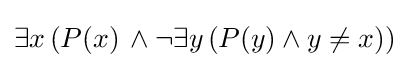
\exists x\,(P(x)\,\wedge \neg \exists y\,(P(y)\wedge y\neq x))